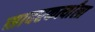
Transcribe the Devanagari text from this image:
सादरकर्त्यांला